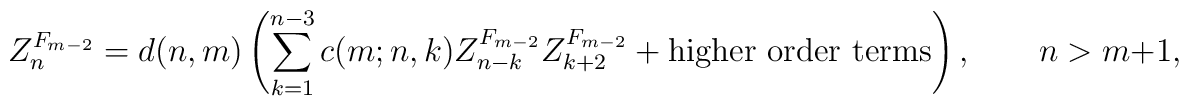
{Z}_n^{F_{m-2}}=d(n,m)\left(\sum_{k=1}^{n-3}c(m;n,k){Z}^{F_{m-2}}_{n-k}{Z}^{F_{m-2}}_{k+2}+\hbox{higher order terms}\right),\qquad n> m+1,